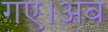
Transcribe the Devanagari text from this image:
गए।अब